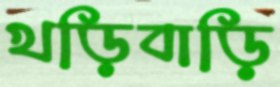
খড়িবাড়ি